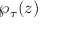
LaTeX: \wp _ { \tau } ( z )